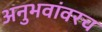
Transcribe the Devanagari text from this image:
अनुभवांवरच